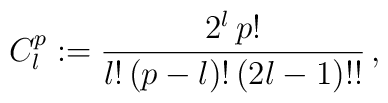
C_l^p := { 2^l \, p! \over l! \, (p-l)! \, (2l-1)!! }  \,,